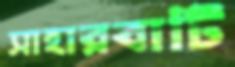
সাহারবাটি